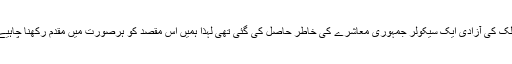
ملک کی آزادی ایک سیکولر جمہوری معاشرے کی خاطر حاصل کی گئی تھی لہذا ہمیں اس مقصد کو ہرصورت میں مقدم رکھنا چاہیے۔